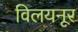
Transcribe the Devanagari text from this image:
विलयनूर